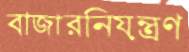
বাজারনিয়ন্ত্রণ